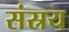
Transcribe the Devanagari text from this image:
संस्रय